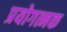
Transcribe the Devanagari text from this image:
प्रयोगत्मक